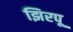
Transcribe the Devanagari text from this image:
झिरपू